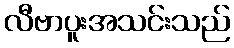
လီဗာပူးအသင်းသည်